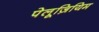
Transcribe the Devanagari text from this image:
पेलूज़ियिम